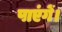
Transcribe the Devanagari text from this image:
पाएंगें।